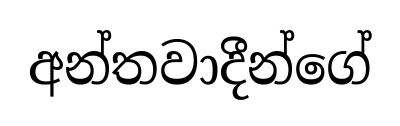
අන්තවාදීන්ගේ